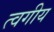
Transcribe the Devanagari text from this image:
त्वगीय